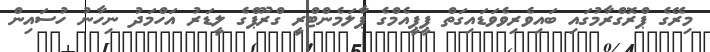
މިރޭގެ ޕްރޮގްރާމުގައި ބައިވެރިވެވަޑައިގަތް ޕީޕީއެމްގެ ޕާލަމެންޓްރީ ގްރޫޕްގެ ލީޑަރު އަހްމަދު ނިހާނު ހުސައިން